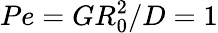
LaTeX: Pe=GR_{0}^{2}/D=1